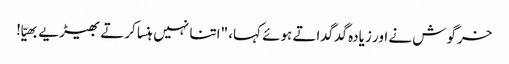
خرگوش نے اور زیادہ گدگداتے ہوئے کہا، "اتنا نہیں ہنسا کرتے بھیڑیے بھیّا!